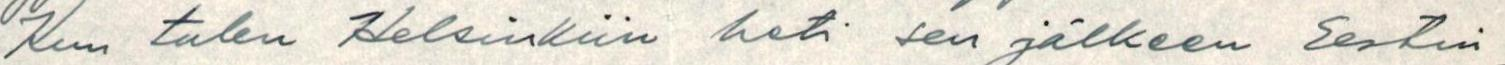
Kun tulen Helsinkiin heti sen jälkeen Eestin